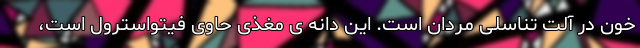
خون در آلت تناسلی مردان است. این دانه ی مغذی حاوی فیتواسترول است،